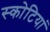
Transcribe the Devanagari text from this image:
स्कोटियां